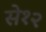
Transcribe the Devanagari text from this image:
से१२